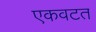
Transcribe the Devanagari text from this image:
एकवटत